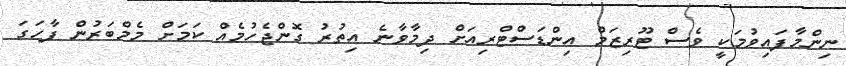
ނިންމާފައިވުމަކީ ވެސް ޓޫރިޒަމް އިންޑަސްޓްރިއަށް ދިމާވާނެ އިތުރު ގޮންޖެހުމެއް ކަމަށް މެމްބަރުން ފާހަގަ